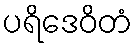
ပရိဒေဝိတံ